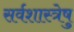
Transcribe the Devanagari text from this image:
सर्वशास्त्रेषु